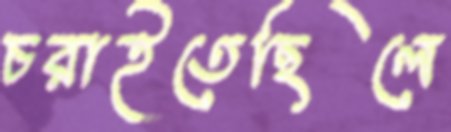
চরাইতেছিলে